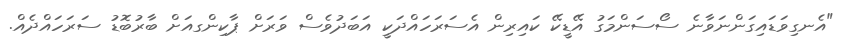
"އެނގިވަޑައިގަންނަވާނެ ސޯސަންމަގު އޭޑީކޭ ކައިރިން އެސަރަހައްދަކީ އަބަދުވެސް ވަރަށް ޕާކިންގއަށް ބާރުބޮޑު ސަރަހައްދެއް.